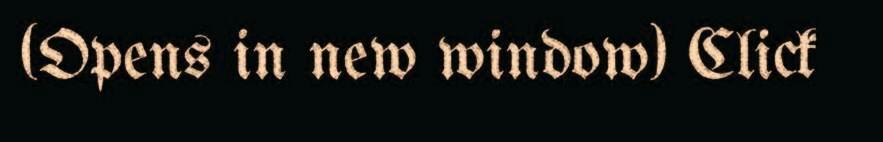
(Opens in new window) Click